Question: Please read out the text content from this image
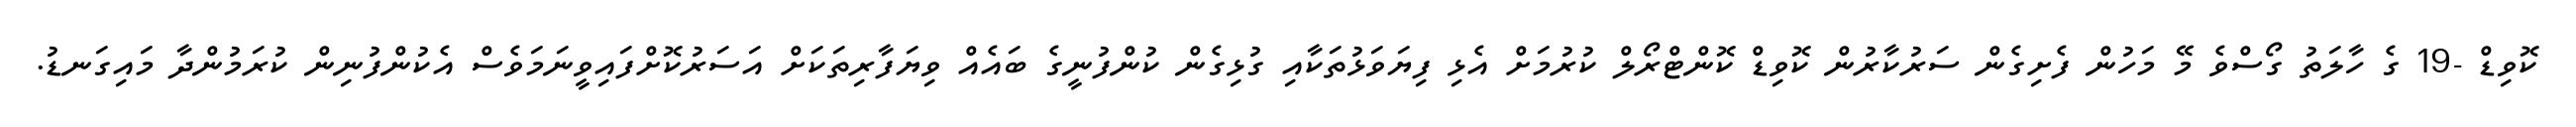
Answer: ކޮވިޑް -19 ގެ ހާލަތު ގޯސްވެ މޭ މަހުން ފެށިގެން ސަރުކާރުން ކޮވިޑް ކޮންޓްރޯލް ކުރުމަށް އެޅި ފިޔަވަޅުތަކާއި ގުޅިގެން ކުންފުނީގެ ބައެއް ވިޔަފާރިތަކަށް އަސަރުކޮށްފައިވީނަމަވެސް އެކުންފުނިން ކުރަމުންދާ މައިގަނޑު.